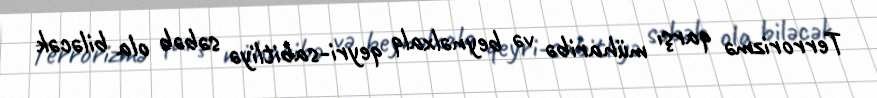
Terrorizmə qarşı müharibə və beynəlxalq qeyri-sabitliyə səbəb ola biləcək